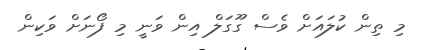
މި ތިން ކުލައަށް ވެސް ގޫގަލް އިން ވަނީ މި ފޯނަށް ވަކިން